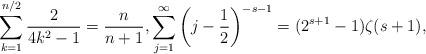
LaTeX: \begin{align*}\sum_{k=1}^{n/2} \frac{2}{4k^2 - 1} = \frac{n}{n+1}, \sum_{j=1}^{\infty} \left( j-\frac{1}{2} \right)^{-s-1} = (2^{s+1}- 1) \zeta(s+1),\end{align*}